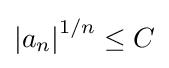
\textstyle \left\vert a_{n}\right\vert ^{1/n}\leq C